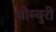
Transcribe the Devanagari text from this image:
थोम्बुरी